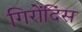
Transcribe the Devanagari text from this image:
गिरोंदिंस